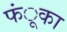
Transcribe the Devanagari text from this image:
फंूका